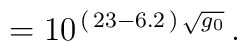
\:= 10^{\,(\,23 - 6.2\,)\,\sqrt{g_{0}}} \,.\: